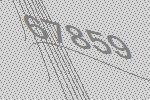
67859